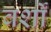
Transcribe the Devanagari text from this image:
वर्शों